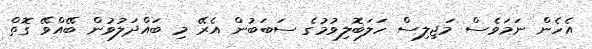
އެހެން ނަމަވެސް މަޖިލިސް ހަލަބޮލިވުމުގެ ސަބަބުން އެރޭ މި ބައްދަލުވުން ބޭއްވޭ ގޮތް